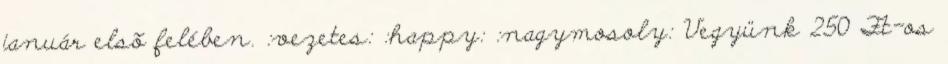
január elsõ felében. :vezetes: :happy: :nagymosoly: Vegyünk 250 Ft-os